Report on the working of the mental hospitals for Indians in Bihar and Orissa - 1925-1929
Year: 1925
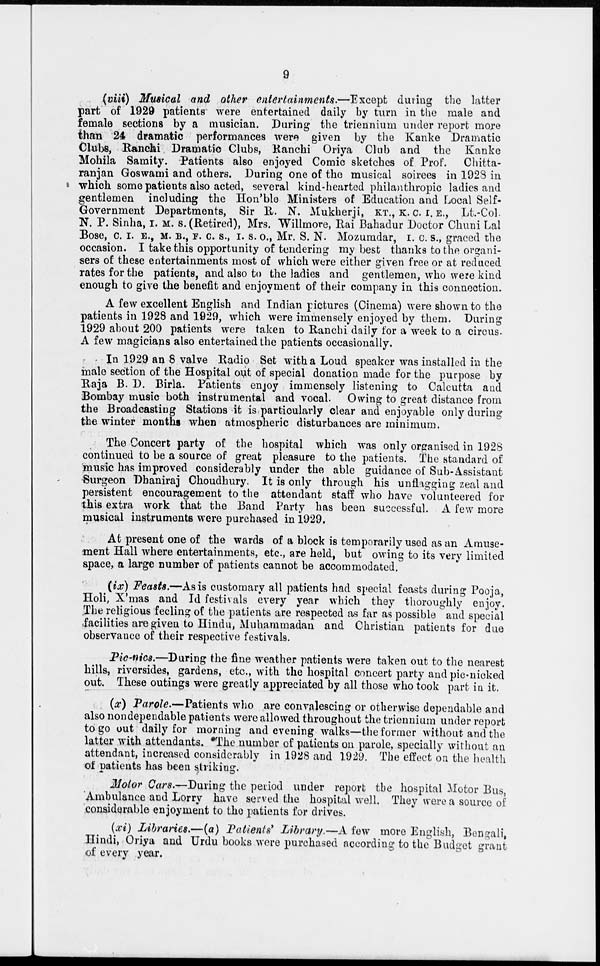
9
(viii) Musical and other entertainments.—Except during the latter
part of 1929 patients were entertained daily by turn in the male and
female sections by a musician. During the triennium under report more
than 24 dramatic performances were given by the Kanke Dramatic
Clubs, Ranchi Dramatic Clubs, Ranchi Oriya Club and the Kanke
Mohila Samity. Patients also enjoyed Comic sketches of Prof. Chitta-
ranjan Goswami and others. During one of the musical soirees in 1928 in
which some patients also acted, several kind-hearted philanthropic ladies and
gentlemen including the Hon'ble Ministers of Education and Local Self-
Government Departments, Sir R. N. Mukherji, KT., K. C. I. E., Lt.-Col
N. P. Sinha, I. M. S. (Retired), Mrs. Willmore, Rai Bahadur Doctor Chuni Lal
Bose, C. I. E., M. B., F. C. S., I. S. O., Mr. S. N. Mozumdar, I. C. S., graced the
occasion. I take this opportunity of tendering my best thanks to the organi-
sers of these entertainments most of which were either given free or at reduced
rates for the patients, and also to the ladies and gentlemen, who were kind
enough to give the benefit and enjoyment of their company in this connection.
A few excellent English and Indian pictures (Cinema) were shown to the
patients in 1928 and 1929, which were immensely enjoyed by them. During
1929 about 200 patients were taken to Ranchi daily for a week to a circus.
A few magicians also entertained the patients occasionally.
In 1929 an 8 valve Radio Set with a Loud speaker was installed in the
male section of the Hospital out of special donation made for the purpose by
Raja B. D. Birla. Patients enjoy immensely listening to Calcutta and
Bombay music both instrumental and vocal. Owing to great distance from
the Broadcasting Stations it is particularly clear and enjoyable only during
the winter months when atmospheric disturbances are minimum.
The Concert party of the hospital which was only organised in 1928
continued to be a source of great pleasure to the patients. The standard of
music has improved considerably under the able guidance of Sub-Assistant
Surgeon Dhaniraj Choudhury It is only through his unflagging zeal and
persistent encouragement to the attendant staff who have volunteered for
this extra work that the Band Party has been successful. A few more
musical instruments were purchased in 1929.
At present one of the wards of a block is temporarily used as an Amuse-
ment Hall where entertainments, etc., are held, but owing to its very limited
space, a large number of patients cannot be accommodated.
(ix) Feasts.—Asis customary all patients had special feasts during Pooja,
Holi, X'mas and Id festivals every year which they thoroughly enjoy.
The religious feeling of the patients are respected as far as possible and special
facilities are given to Hindu, Muhammadan and Christian patients for due
observance of their respective festivals.
Pic-nics.—During the fine weather patients were taken out to the nearest
hills, riversides, gardens, etc., with the hospital concert party and pic-nicked
out. These outings were greatly appreciated by all those who took part in it.
(x) Parole.—Patients who are convalescing or otherwise dependable and
also nondependable patients were allowed throughout the triennium under report
to go out daily for morning and evening walks—the former without and the
latter with attendants. The number of patients on parole, specially without an
attendant, increased considerably in 1928 and 1929. The effect on the health
of patients has been striking.
Motor Cars.—During the period under report the hospital Motor Bus,
Ambulance and Lorry have served the hospital well. They were a source of
considerable enjoyment to the patients for drives.
(xi) Libraries.—(a) Patients' Library.—A few more English, Bengali,
Hindi, Oriya and Urdu books were purchased according to the Budget grant
of every year.